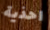
احذية